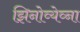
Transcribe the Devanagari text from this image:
झिनोव्येव्ना